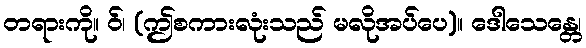
တရားကို။ ဝ်၊ (ဤစကားလုံးသည် မလိုအပ်ပေ)။ ဒေါသေန္တေ၊